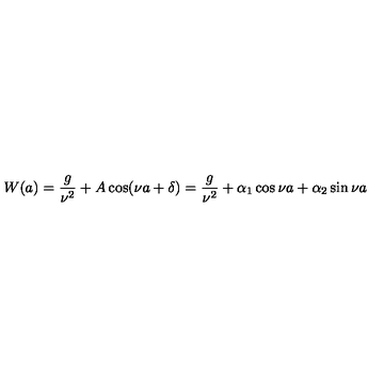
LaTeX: W ( a ) = \frac { g } { \nu ^ { 2 } } + A \cos ( \nu a + \delta ) = \frac { g } { \nu ^ { 2 } } + \alpha _ { 1 } \cos \nu a + \alpha _ { 2 } \sin \nu a